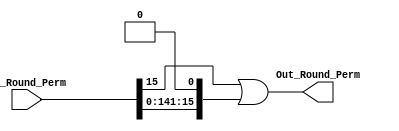

module Dec_Round_Perm
#(parameter DATA_LEN = 16 , parameter SHIFT_AMOUNT = 15)
(
input  [DATA_LEN-1:0]   In_Round_Perm ,
output [DATA_LEN-1:0]   Out_Round_Perm
    );
 
  
 assign Out_Round_Perm = (In_Round_Perm   >> SHIFT_AMOUNT) | (In_Round_Perm <<  DATA_LEN - SHIFT_AMOUNT);
 
endmodule